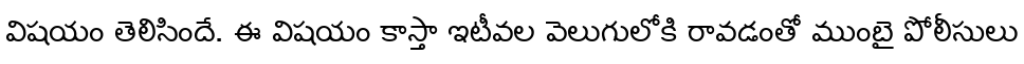
విషయం తెలిసిందే. ఈ విషయం కాస్తా ఇటీవల వెలుగులోకి రావడంతో ముంబై పోలీసులు